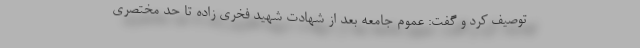
توصیف کرد و گفت: عموم جامعه بعد از شهادت شهید فخری زاده تا حد مختصری